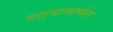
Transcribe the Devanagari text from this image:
वाऱ्यामार्फत